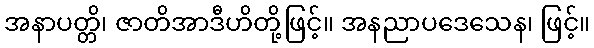
အနာပတ္တိ၊ ဇာတိအာဒီဟိတို့ဖြင့်။ အနညာပဒေသေန၊ ဖြင့်။